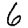
Digit: 6